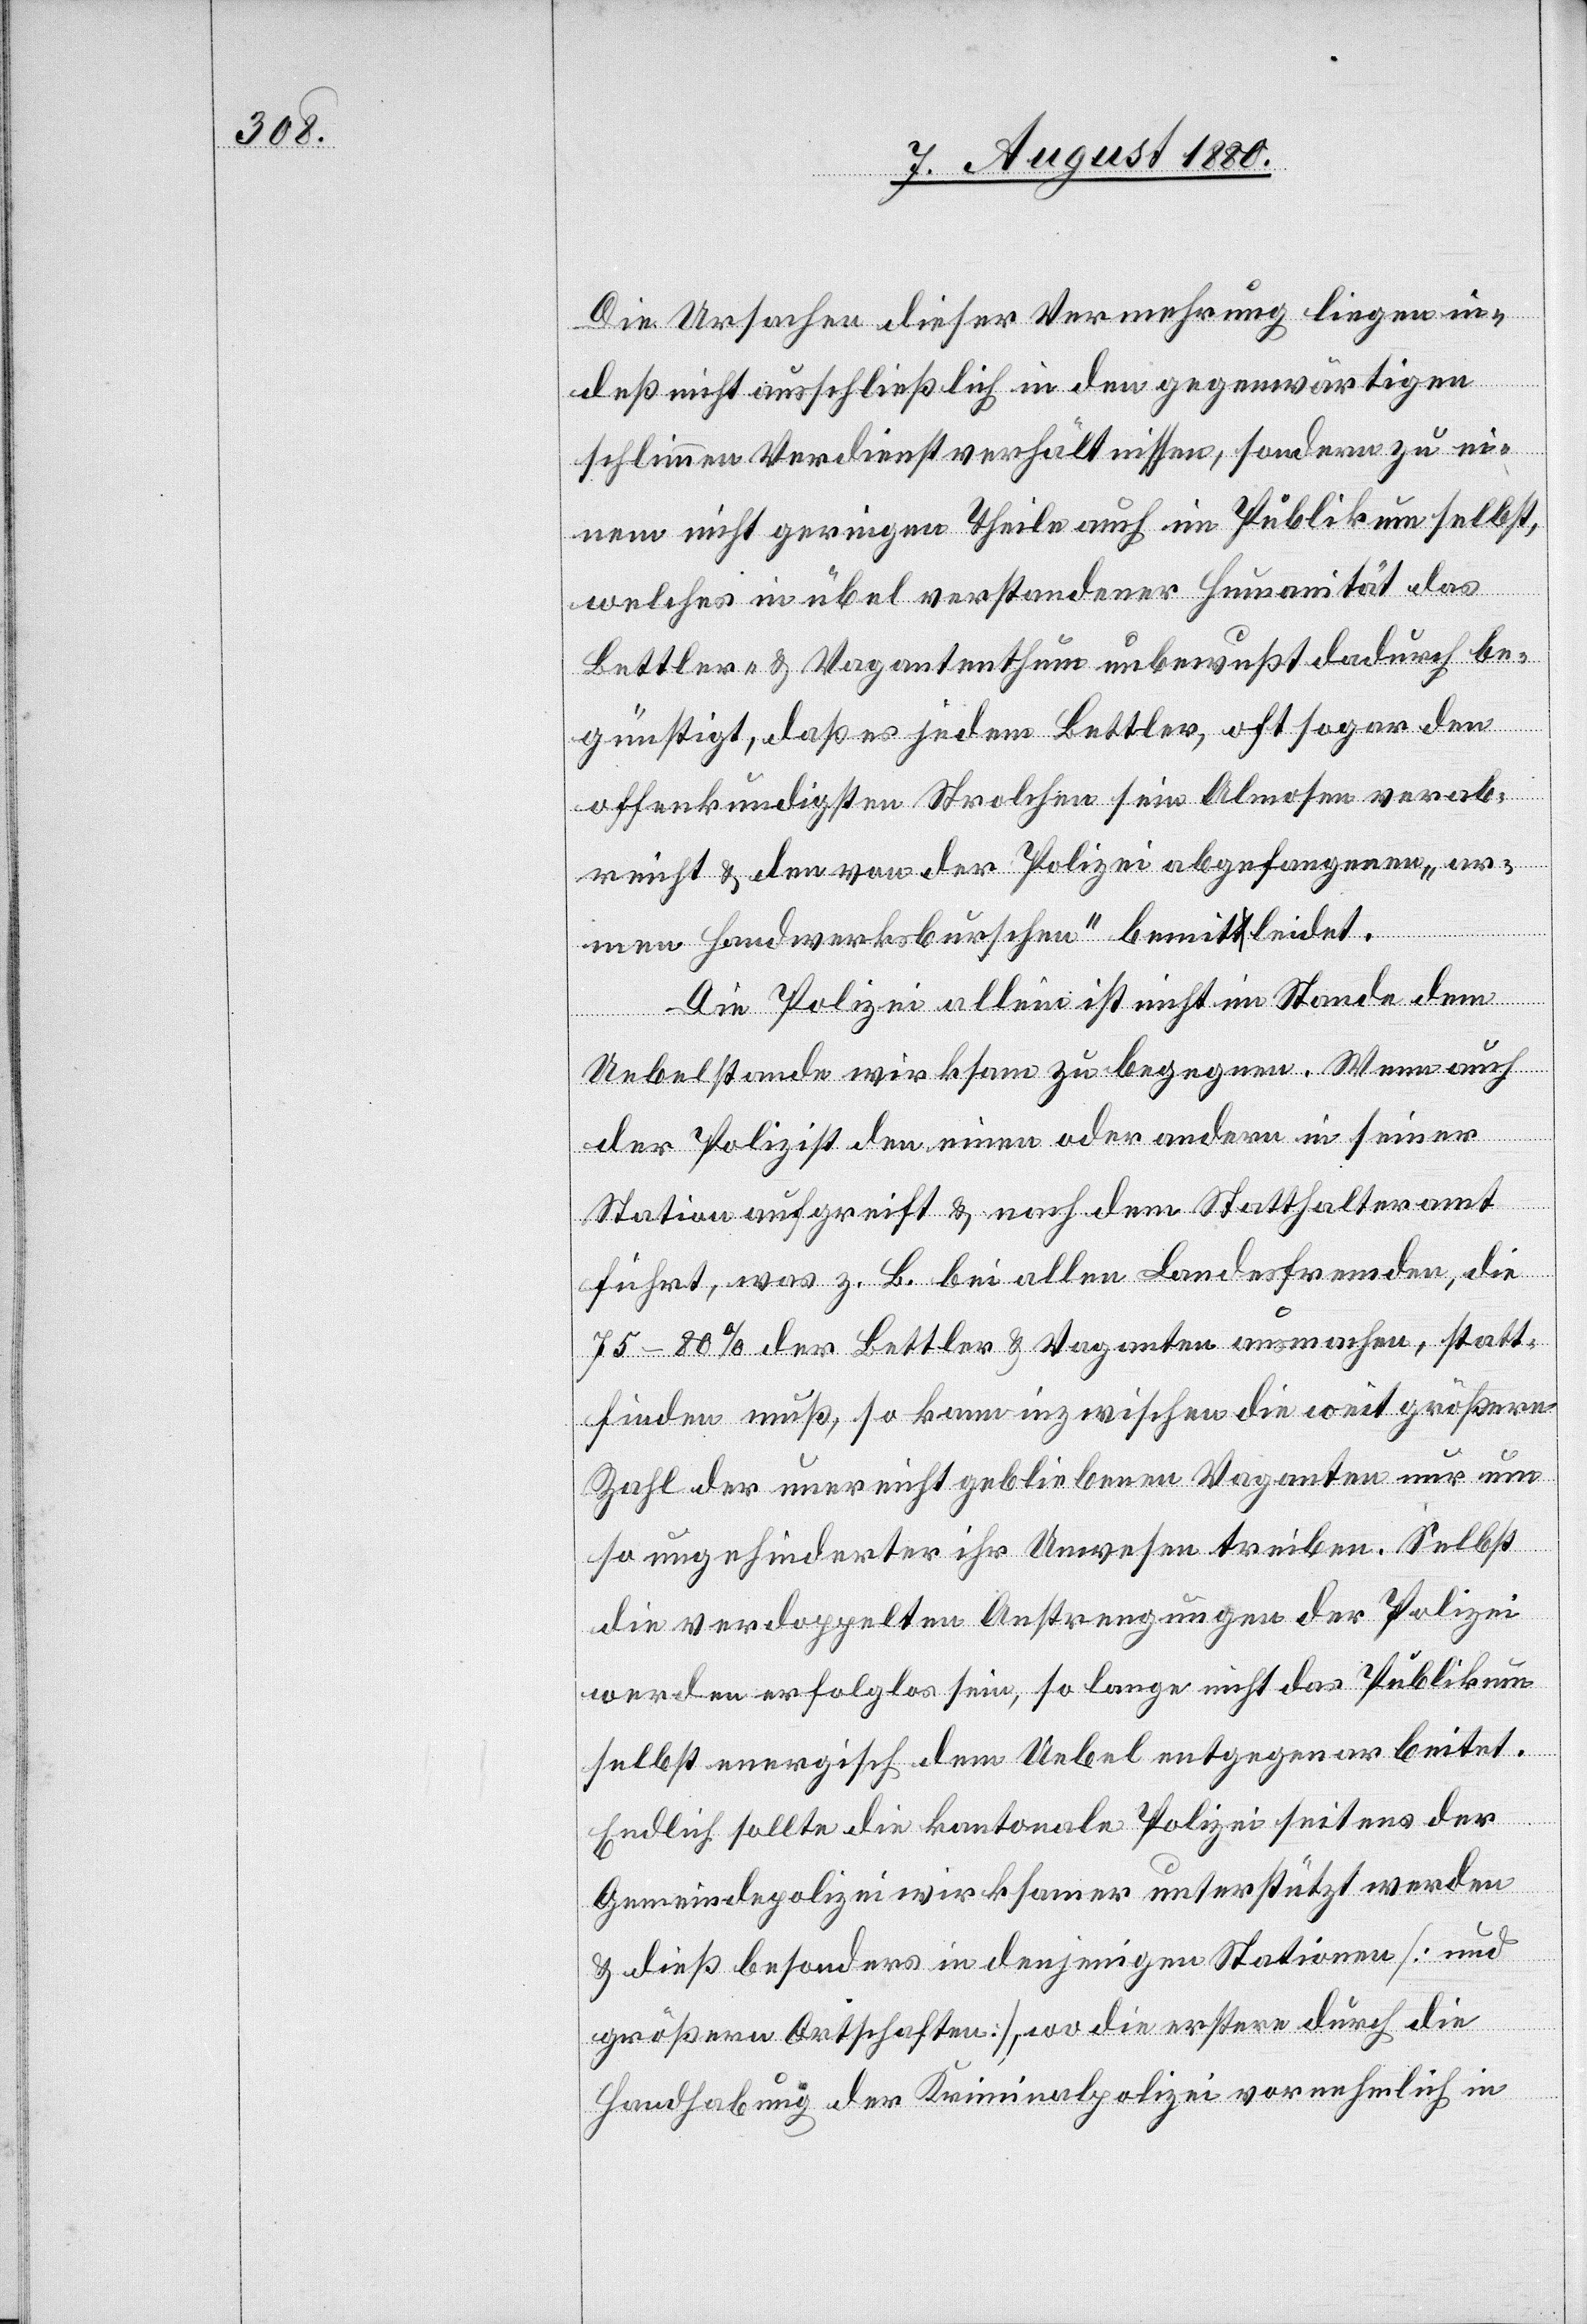
Die Ursachen dieser Vermehrung liegen in¬
deß nicht auschließlich in den gegenwärtigen
schlimmen Verdienstverhältnissen, sondern zu ei¬
nem nicht geringen Theile auch im Publikum selbst,
welches in übel verstandener Humanität das
Bettler- & Vagantenthum unbewußt dadurch be¬
günstigt, daß es jedem Bettler, oft sogar den
offenkundigsten Strolchen sein Almosen verab¬
reicht & den von der Polizei abgefangenen „ar¬
men Handwerksburschen“ bemitleidet.
Die Polizei allein ist nicht im Stande dem
Uebelstande wirksam zu begegnen. Wenn auch
der Polizist den einen oder anderen in seiner
Station aufgreift & nach dem Statthalteramt
führt, was z. B. bei allen Landesfremden, die
75–80% der Bettler & Vaganten ausmachen, statt¬
finden muß, so kann inzwischen die weit größere
Zahl der unerreicht gebliebenen Vaganten nur um
so ungehinderter ihr Unwesen treiben. Selbst
die verdoppelten Anstrengungen der Polizei
werden erfolglos sein, so lange nicht das Publikum
selbst energisch dem Uebel entgegen arbeitet.
Endlich sollte die kantonale Polizei seitens der
Gemeindepolizei wirksamer unterstützt werden
& dieß besonders in denjenigen Stationen [und
größern Ortschaften], wo die erstern durch die
Handhabung der Kriminalpolizei vornehmlich in